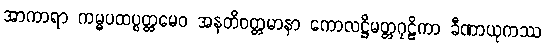
အာကာရာ ကမ္မပထပ္ပတ္တမေဝ အနတိဝတ္တမာနာ ကောလဋ္ဌိမတ္တဂုဠိကာ ခီဏာယုကဿ